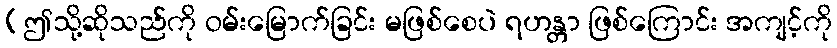
(ဤသို့ဆိုသည်ကို ဝမ်းမြောက်ခြင်း မဖြစ်စေပဲ ရဟန္တာ ဖြစ်ကြောင်း အကျင့်ကို